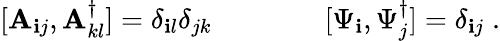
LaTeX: [\mathbf{A}_{\mathbf{i}j},\mathbf{A}_{kl}^{\dagger}]=\delta_{\mathbf{i}l}\delta_{jk}\qquad\qquad[\Psi_{\mathbf{i}},\Psi_{j}^{\dagger}]=\delta_{\mathbf{i}j}\; .